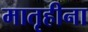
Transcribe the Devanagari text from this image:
मातृहीना